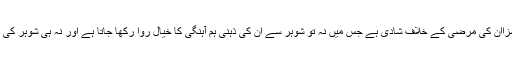
سب سے بڑی سزاان کی مرضی کے خلاف شادی ہے جس میں نہ تو شوہر سے ان کی ذہنی ہم آہنگی کا خیال روا رکھا جاتا ہے اور نہ ہی شوہر کی مالی آسودگی کا۔